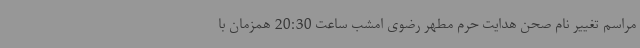
مراسم تغییر نام صحن هدایت حرم مطهر رضوی امشب ساعت 20:30 همزمان با